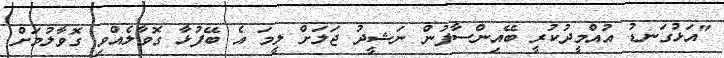
"އަޅުގަނޑު އުއްމީދުކުރީ ބޭއިންސާފުން ނަޝީދު ޖަލަށް ލީމަ އެ ބޭފުޅާ ގޮވާލެއްވި ގޮވާލުމަށް